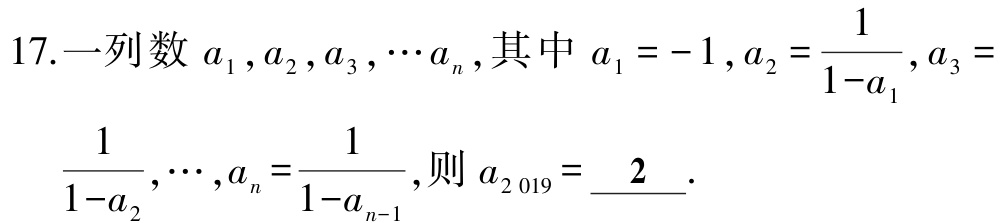
17.一列数\(a_{1},a_{2},a_{3},\cdots a_{n}\),其中\(a_{1} = - 1\),\(a_{2}=\frac{1}{1 - a_{1}}\),\(a_{3} = \frac{1}{1 - a_{2}},\cdots,a_{n}=\frac{1}{1 - a_{n - 1}}\),则\(a_{2019}=\underline{2}\).